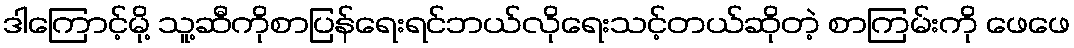
ဒါကြောင့်မို့ သူ့ဆီကိုစာပြန်ရေးရင်ဘယ်လိုရေးသင့်တယ်ဆိုတဲ့ စာကြမ်းကို ဖေဖေ